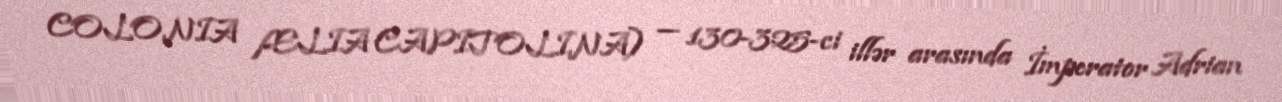
COLONIA ÆLIA CAPITOLINA) — 130-325-ci illər arasında İmperator Adrian